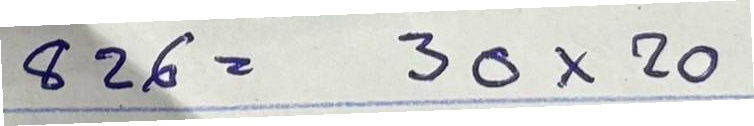
826 = 30x20